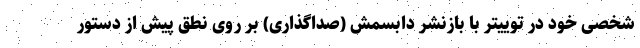
شخصی خود در توییتر با بازنشر دابسمش (صداگذاری) بر روی نطق پیش از دستور